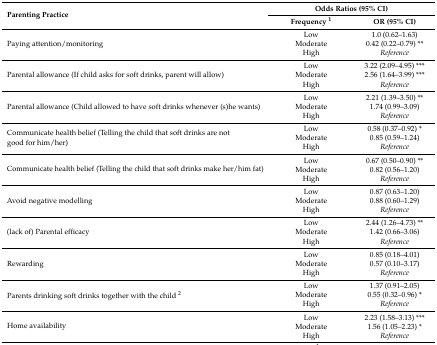
| <ROWSPAN=2> Parenting Practice | <COLSPAN=2> Odds Ratios (95% CI) |
 | Frequency 1 | OR (95% CI) |
 | --- | --- | --- |
 | <ROWSPAN=3> Paying attention/monitoring | Low | 1.0 (0.62–1.63) |
 | Moderate | 0.42 (0.22–0.79) ** |
 | High | Reference |
 | <ROWSPAN=3> Parental allowance (If child asks for soft drinks, parent will allow) | Low | 3.22 (2.09–4.95) *** |
 | Moderate | 2.56 (1.64–3.99) *** |
 | High | Reference |
 | <ROWSPAN=3> Parental allowance (Child allowed to have soft drinks whenever (s)he wants) | Low | 2.21 (1.39–3.50) ** |
 | Moderate | 1.74 (0.99–3.09) |
 | High | Reference |
 | <ROWSPAN=3> Communicate health belief (Telling the child that soft drinks are not good for him/her) | Low | 0.58 (0.37–0.92) * |
 | Moderate | 0.85 (0.59–1.24) |
 | High | Reference |
 | <ROWSPAN=3> Communicate health belief (Telling the child that soft drinks make her/him fat) | Low | 0.67 (0.50–0.90) ** |
 | Moderate | 0.82 (0.56–1.20) |
 | High | Reference |
 | <ROWSPAN=3> Avoid negative modelling | Low | 0.87 (0.63–1.20) |
 | Moderate | 0.88 (0.60–1.29) |
 | High | Reference |
 | <ROWSPAN=3> (lack of) Parental efficacy | Low | 2.44 (1.26–4.73) ** |
 | Moderate | 1.42 (0.66–3.06) |
 | High | Reference |
 | <ROWSPAN=3> Rewarding | Low | 0.85 (0.18–4.01) |
 | Moderate | 0.57 (0.10–3.17) |
 | High | Reference |
 | <ROWSPAN=3> Parents drinking soft drinks together with the child 2 | Low | 1.37 (0.91–2.05) |
 | Moderate | 0.55 (0.32–0.96) * |
 | High | Reference |
 | <ROWSPAN=3> Home availability | Low | 2.23 (1.58–3.13) *** |
 | Moderate | 1.56 (1.05–2.23) * |
 | High | Reference |